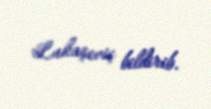
Lukaşeviç bildirib.